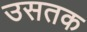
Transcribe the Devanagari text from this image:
उसतक